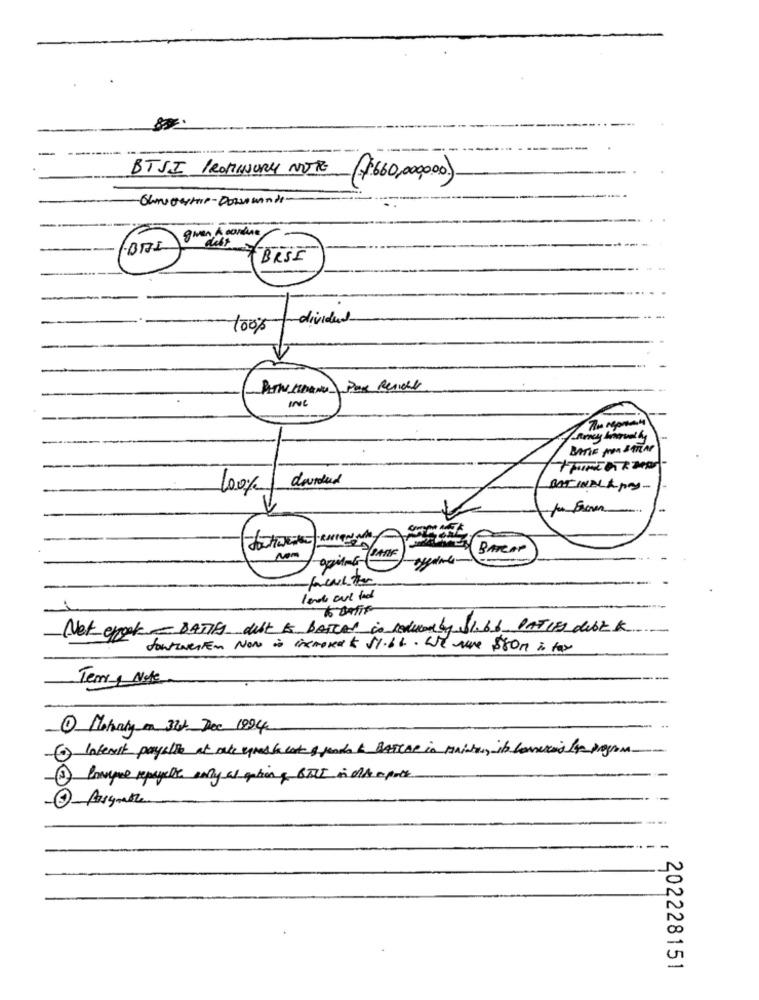
BTSI PROMINURY NOTRE
(160,00,000)
gwen & cordine
FBRSI
divided
100%
IN
BATIE POR SATLAP
davidtad
100%
BATINALApy-
/PARK
BARCAP
Nem
Net epost - DATIFS dult & BATTAL in Reducedby SI. bb. PATIES debt &.
Sontweiten Now is incrovat $1.66. . We are sson is fax
Terry Note
1 Moholy on 322 Dec 1994
6 Interest paysite at rate egrasse cate & fonds & BASCAP in minister, it loveris the program
2 Porque repayalle only as option & BTCI in old export
N
0
N
00
202228151